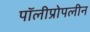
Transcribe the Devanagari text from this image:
पॉलीप्रोपलीन